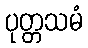
ပုတ္တသမံ